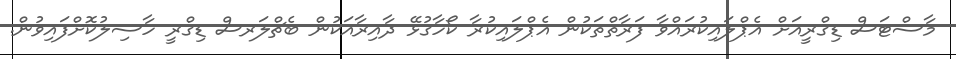
މާސްޓަސް ޑިގްރީއަށް އެޕްލައިކުރައްވާ ފަރާތްތަކުން އެޕްލައިކުރާ ކޯހާގުޅޭ ދާއިރާއަކުން ބެޗްލަރސް ޑިގްރީ ހާސިލުކޮށްފައިވުން.